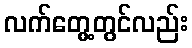
လက်တွေ့တွင်လည်း